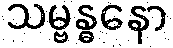
သမ္ဗန္ဓနော